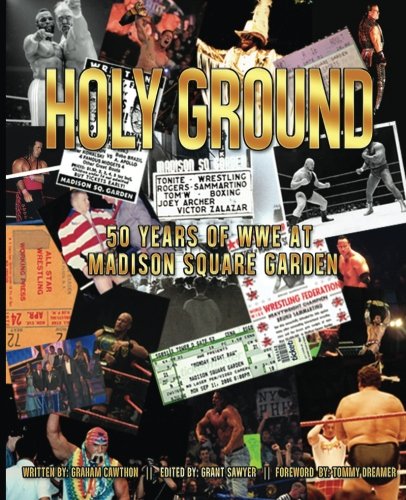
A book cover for Holy Ground: 50 Years of WWE at Madison Square Garden (The History of Professional Wrestling); Graham Cawthon; Sports & Outdoors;